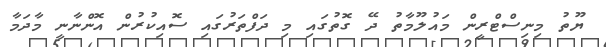
ޔޫތު މިނިސްޓްރީން މައުލޫމާތު ދޭ ގޮތުގައި މި ދަފްތަރުގައި ސޮއިކުރުން އޮންނާނީ މާދަމާ